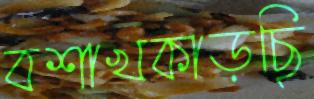
বশাখকাড়ছি